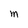
Character: M